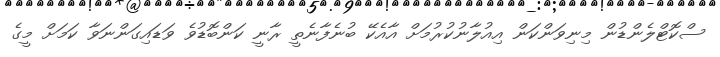
ސްކޮޓްލެންޑުން މިނިވަންކަން އިއުލާނުކުރުމަށް އާއެކޭ ބުނެފާނެތީ ރާނީ ކަންބޮޑުވެ ވަޑައިގަންނަވާ ކަމަށް މީގެ